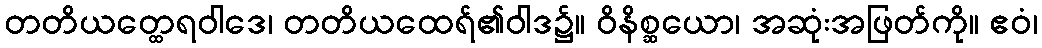
တတိယတ္ထေရဝါဒေ၊ တတိယထေရ်၏ဝါဒ၌။ ဝိနိစ္ဆယော၊ အဆုံးအဖြတ်ကို။ ဧဝံ၊